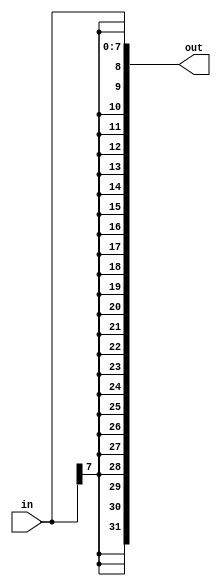
// This program was cloned from: https://github.com/milind7777/VerilogDocGen
// License: MIT License

module vector4 (
  input [7:0] in,
  output [31:0] out

);

  assign out = { {24{in[7]}}, in };

endmodule